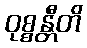
ဝုစ္စန္တီတိ